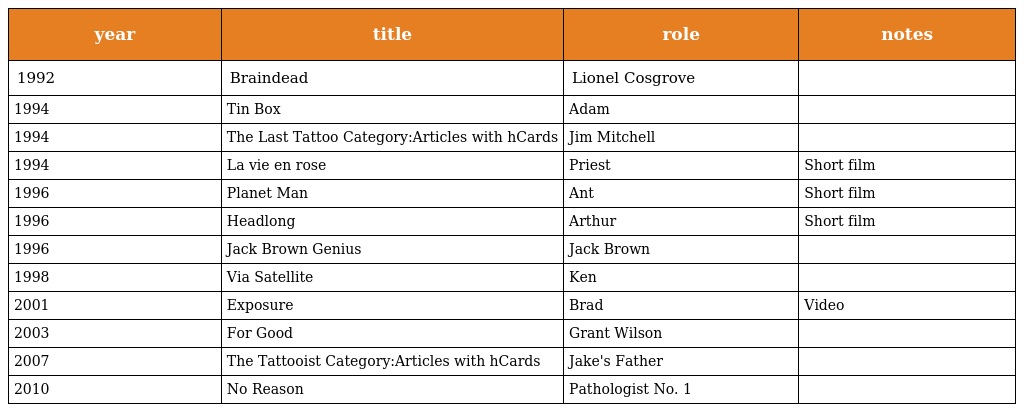
| year | title | role | notes |
 | --- | --- | --- | --- |
 | 1992 | Braindead | Lionel Cosgrove |  |
 | 1994 | Tin Box | Adam |  |
 | 1994 | The Last Tattoo Category:Articles with hCards | Jim Mitchell |  |
 | 1994 | La vie en rose | Priest | Short film |
 | 1996 | Planet Man | Ant | Short film |
 | 1996 | Headlong | Arthur | Short film |
 | 1996 | Jack Brown Genius | Jack Brown |  |
 | 1998 | Via Satellite | Ken |  |
 | 2001 | Exposure | Brad | Video |
 | 2003 | For Good | Grant Wilson |  |
 | 2007 | The Tattooist Category:Articles with hCards | Jake's Father |  |
 | 2010 | No Reason | Pathologist No. 1 |  |